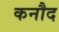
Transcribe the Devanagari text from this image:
कनौद